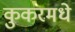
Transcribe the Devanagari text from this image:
कुकरमधे